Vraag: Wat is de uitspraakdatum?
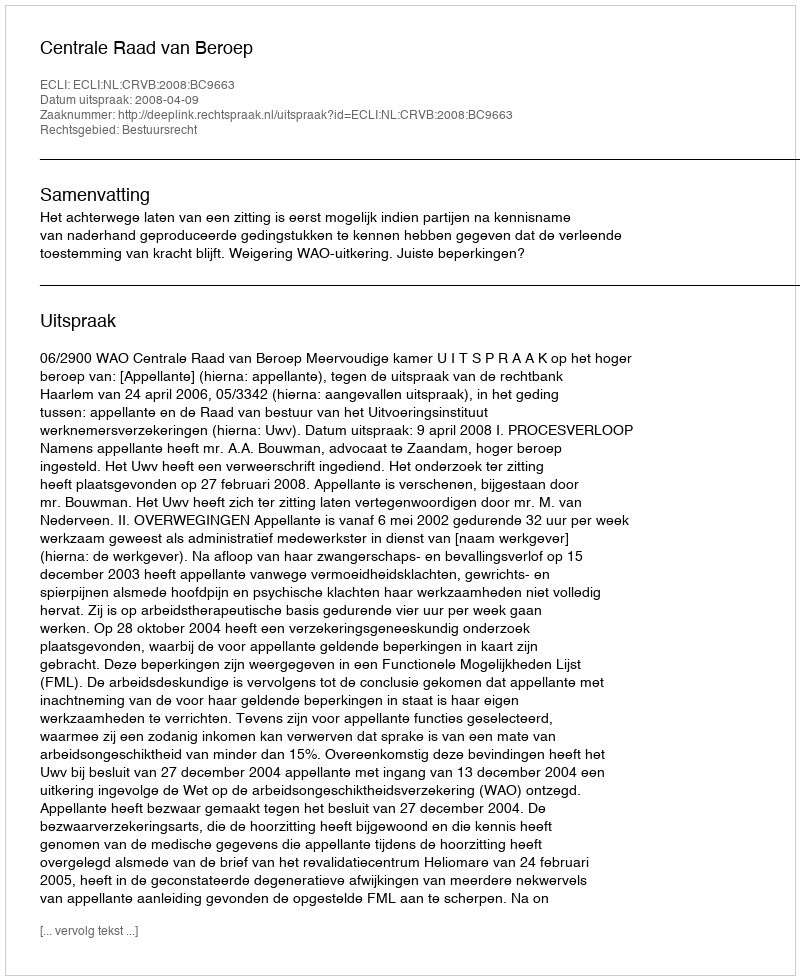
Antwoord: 2008-04-09